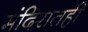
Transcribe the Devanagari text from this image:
मंदिरातही